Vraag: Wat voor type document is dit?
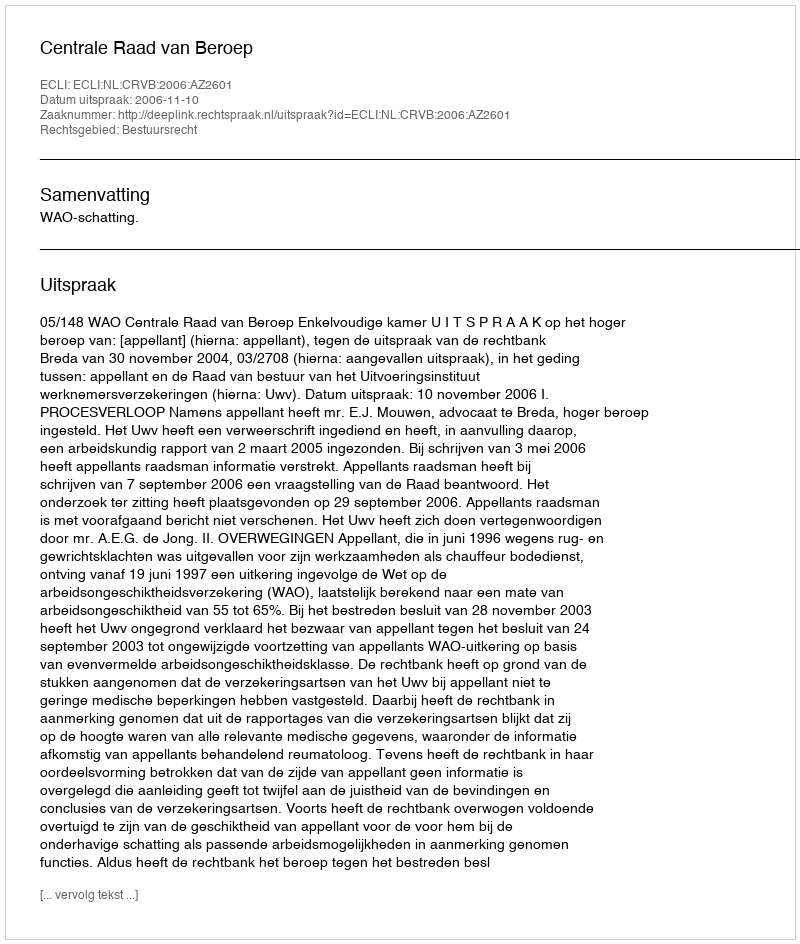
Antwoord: Uitspraak